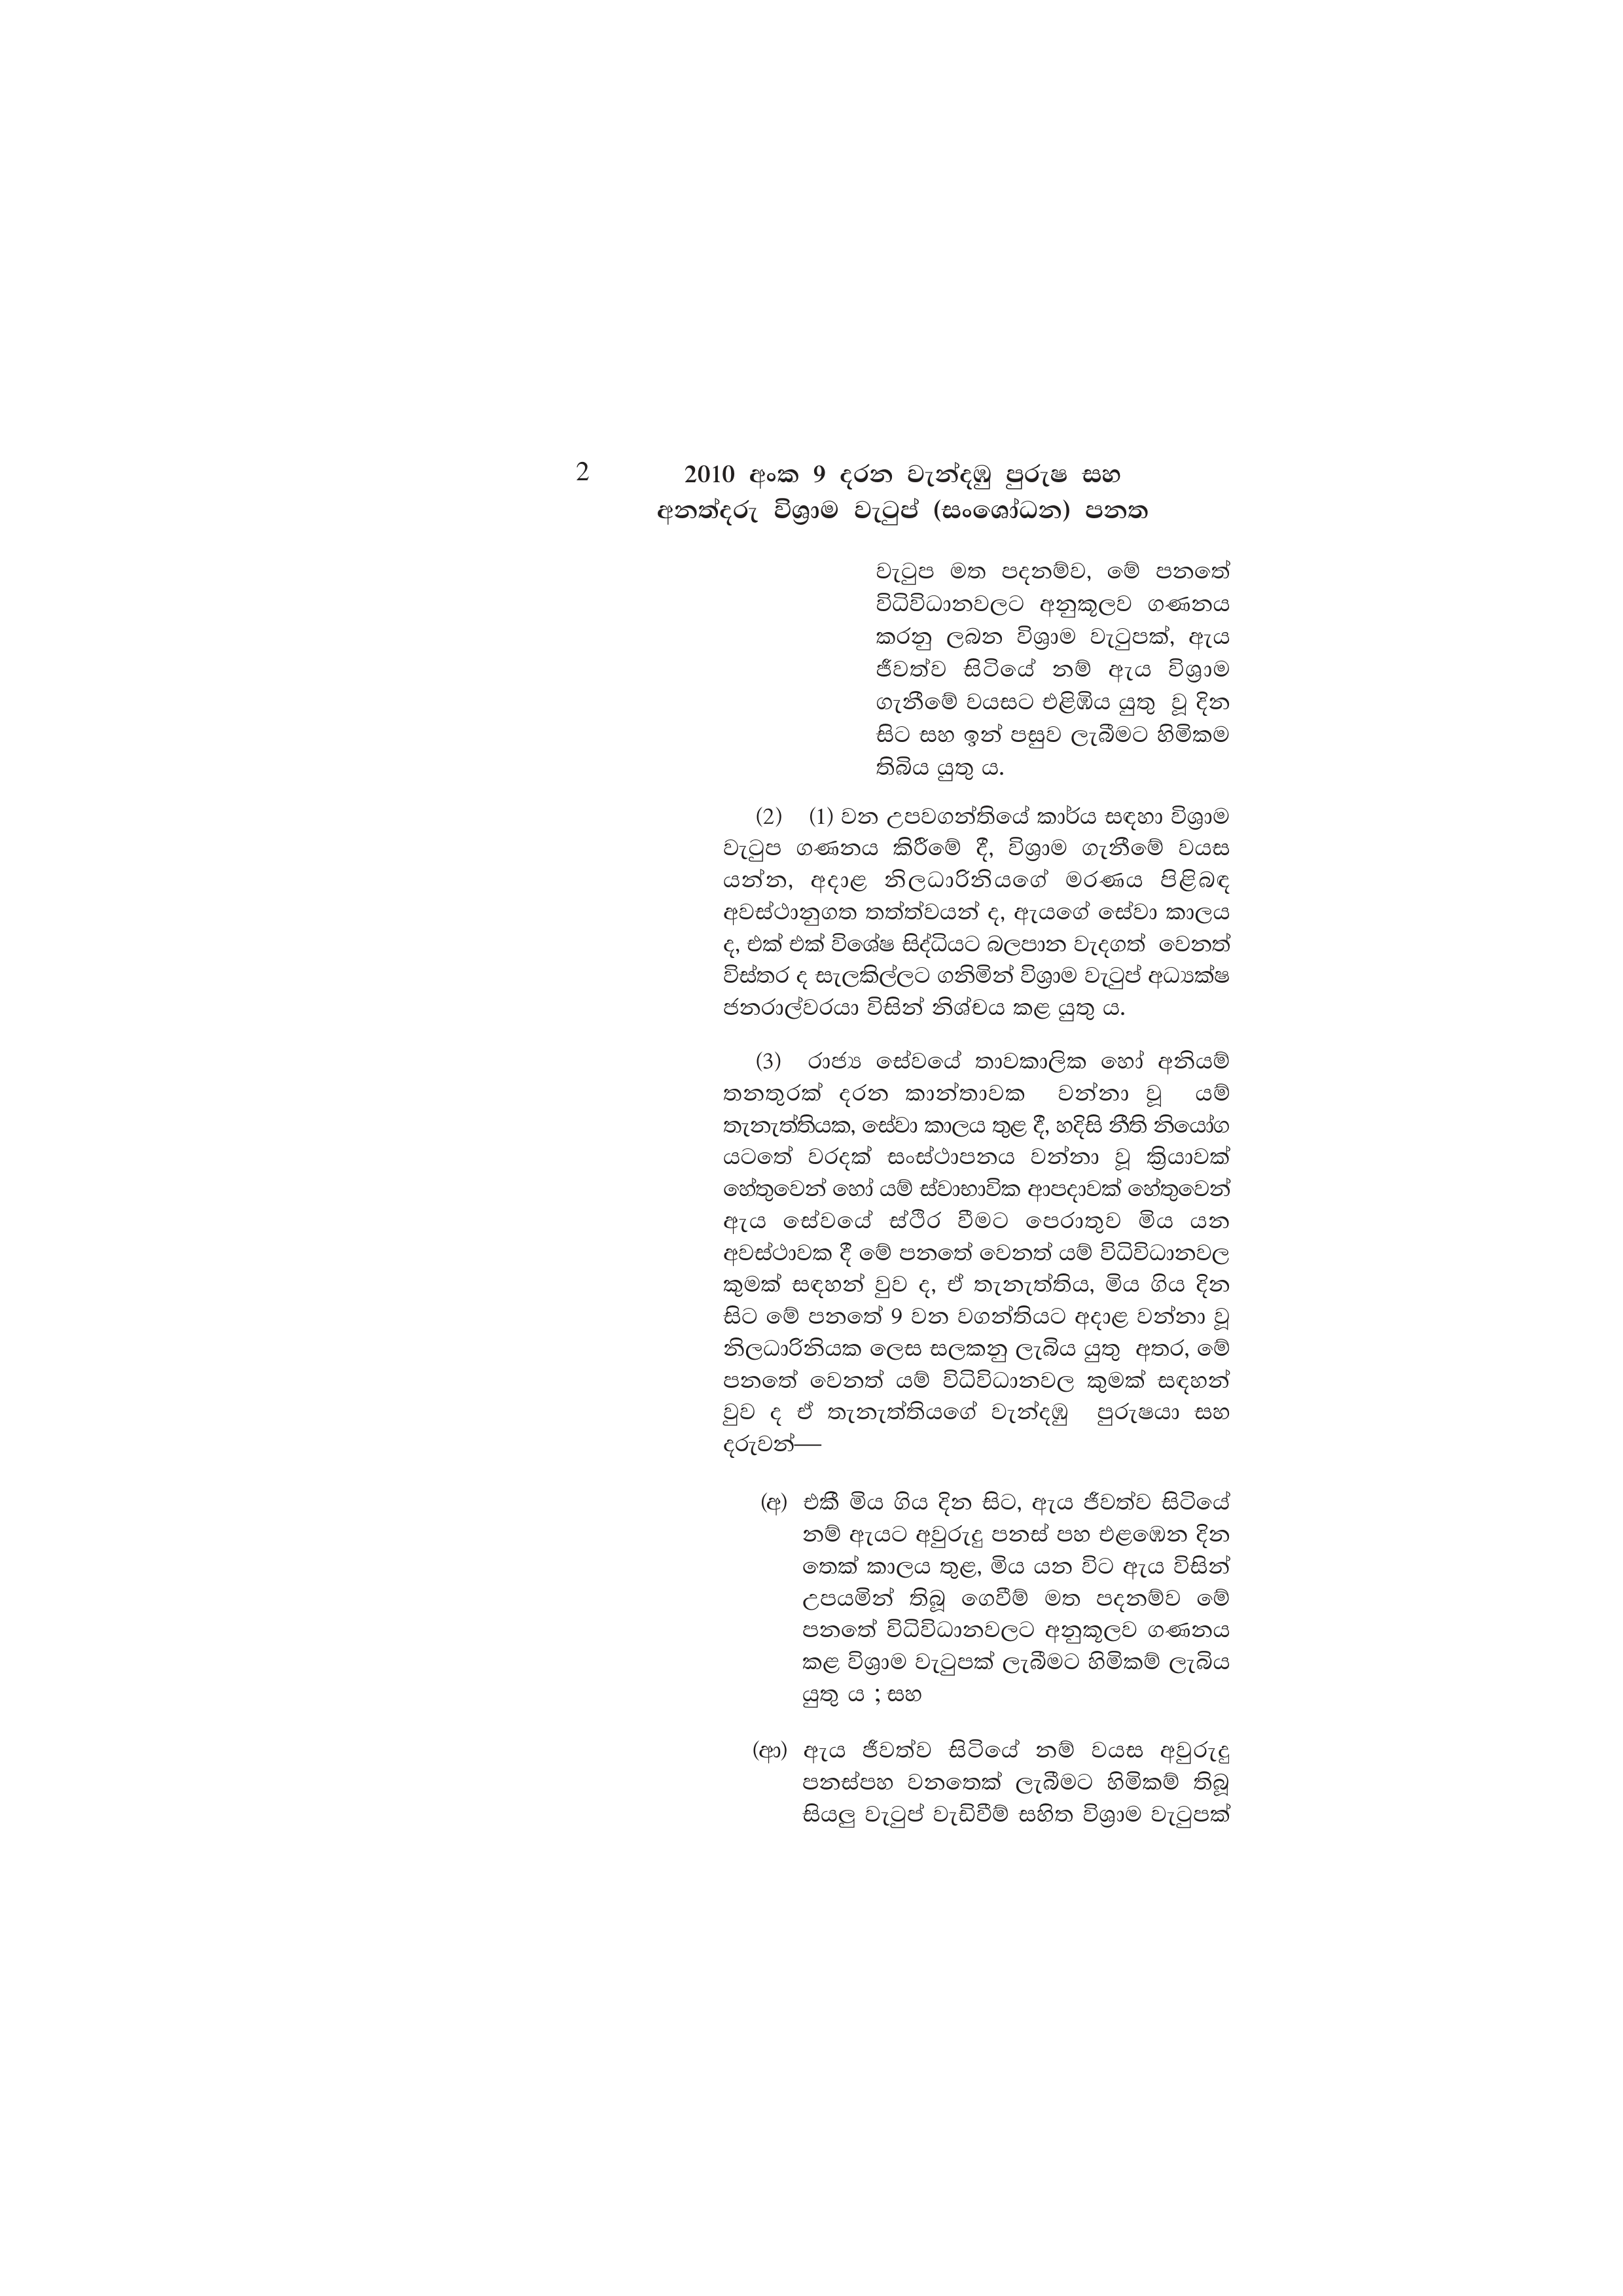
2  2010 අංක 9 දරන වැන්දඹු පුරුෂ සහ
අනත්දරු විශ්‍රාම වැටුප් (සංශෝධන) පනත

වැටුප මත පදනම්ව, මේ පනතේ
විධිවිධානවලට අනුකූලව ගණනය
කරනු ලබන විශ්‍රාම වැටුපක්, ඇය
ජීවත්ව සිටියේ නම් ඇය විශ්‍රාම
ගැනීමේ වයසට එළිඹිය යුතු වූ දින
සිට සහ ඉන් පසුව ලැබීමට හිමිකම
තිබිය යුතු ය.

(2) (1) වන උපවගන්තියේ කාර්ය සඳහා විශ්‍රාම
වැටුප ගණනය කිරීමේ දී, විශ්‍රාම ගැනීමේ වයස
යන්න, අදාළ නිලධාරිනියගේ මරණය පිළිබඳ
අවස්ථානුගත තත්ත්වයන් ද, ඇයගේ සේවා කාලය
ද, එක් එක් විශේෂ සිද්ධියට බලපාන වැදගත් වෙනත්
විස්තර ද සැලකිල්ලට ගනිමින් විශ්‍රාම වැටුප් අධ්‍යක්ෂ
ජනරාල්වරයා විසින් නිශ්චය කළ යුතු ය.

(3) රාජ්‍ය සේවයේ තාවකාලික හෝ අනියම්
තනතුරක් දරන කාන්තාවක වන්නා වූ යම්
තැනැත්තියක, සේවා කාලය තුළ දී, හදිසි නීති නියෝග
යටතේ වරදක් සංස්ථාපනය වන්නා වූ ක්‍රියාවක්
හේතුවෙන් හෝ යම් ස්වාභාවික ආපදාවක් හේතුවෙන්
ඇය සේවයේ ස්ථිර වීමට පෙරාතුව මිය යන
අවස්ථාවක දී මේ පනතේ වෙනත් යම් විධිවිධානවල
කුමක් සඳහන් වුව ද, ඒ තැනැත්තිය, මිය ගිය දින
සිට මේ පනතේ 9 වන වගන්තියට අදාළ වන්නා වූ
නිලධාරිනියක ලෙස සලකනු ලැබිය යුතු අතර, මේ
පනතේ වෙනත් යම් විධිවිධානවල කුමක් සඳහන්
වුව ද ඒ තැනැත්තියගේ වැන්දඹු පුරුෂයා සහ
දරුවන්—

(අ) එකී මිය ගිය දින සිට, ඇය ජීවත්ව සිටියේ
නම් ඇයට අවුරුදු පනස් පහ එළඹෙන දින
තෙක් කාලය තුළ, මිය යන විට ඇය විසින්
උපයමින් තිබූ ගෙවීම් මත පදනම්ව මේ
පනතේ විධිවිධානවලට අනුකූලව ගණනය
කළ විශ්‍රාම වැටුපක් ලැබීමට හිමිකම් ලැබිය
යුතු ය ; සහ

(ආ) ඇය ජීවත්ව සිටියේ නම් වයස අවුරුදු
පනස්පහ වනතෙක් ලැබීමට හිමිකම් තිබූ
සියලු වැටුප් වැඩිවීම් සහිත විශ්‍රාම වැටුපක්